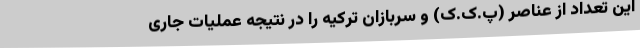
این تعداد از عناصر (پ.ک.ک) و سربازان ترکیه را در نتیجه عملیات جاری